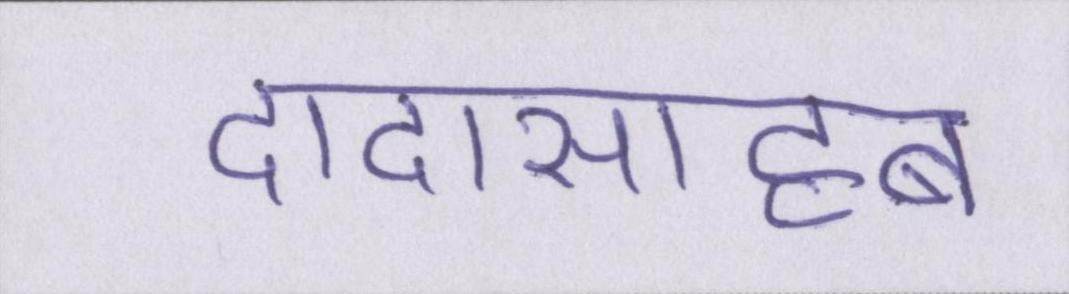
दादासाहब